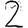
Digit: 2